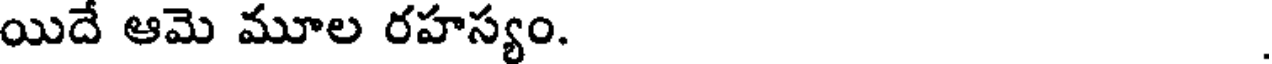
యిదే ఆమె మూల రహస్యం.